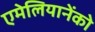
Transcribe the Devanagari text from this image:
एमेलियानेंको